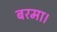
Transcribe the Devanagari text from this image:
बरमा।